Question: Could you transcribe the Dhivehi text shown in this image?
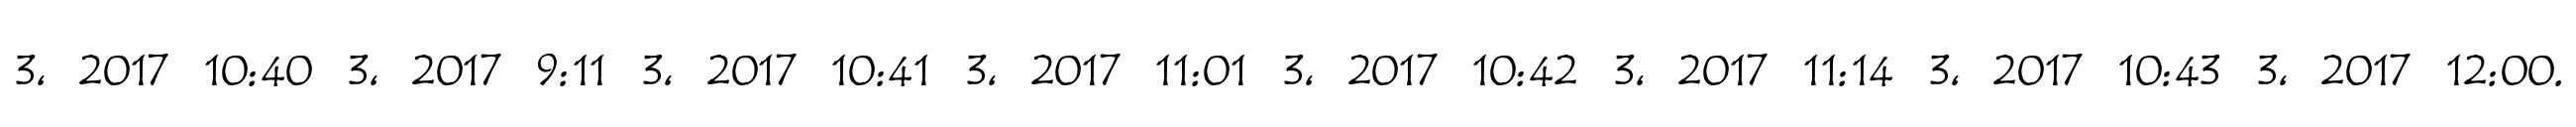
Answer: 3, 2017 10:40 3, 2017 9:11 3, 2017 10:41 3, 2017 11:01 3, 2017 10:42 3, 2017 11:14 3, 2017 10:43 3, 2017 12:00.